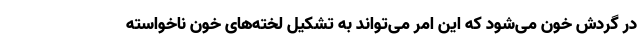
در گردش خون می‌شود که این امر می‌تواند به تشکیل لخته‌های خون ناخواسته